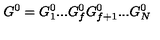
G ^ { 0 } = G _ { 1 } ^ { 0 } . . . G _ { f } ^ { 0 } G _ { f + 1 } ^ { 0 } . . . G _ { N } ^ { 0 }